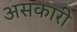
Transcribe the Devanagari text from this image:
असकारी